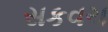
સકવચ